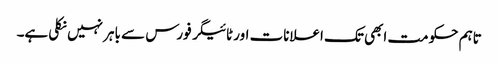
تاہم حکومت ابھی تک اعلانات اور ٹائیگر فورس سے باہر نہیں نکلی ہے۔